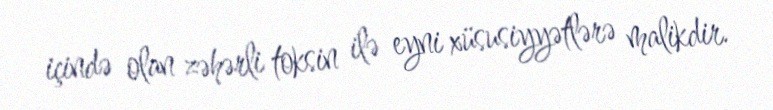
içində olan zəhərli toksin ilə eyni xüsusiyyətlərə malikdir.